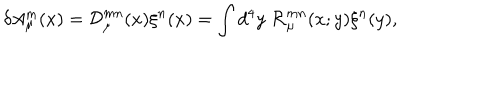
LaTeX: \delta A _ { \mu } ^ { m } ( x ) = { \cal D } _ { \mu } ^ { m n } ( x ) \xi ^ { n } ( x ) = \int d ^ { 4 } y \; { \cal R } _ { \mu } ^ { m n } ( x ; y ) \xi ^ { n } ( y ) ,